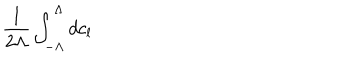
\frac { 1 } { 2 \Lambda } \int _ { - \Lambda } ^ { \Lambda } d c _ { l }